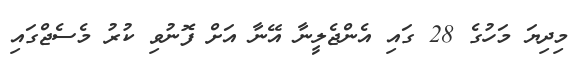
މިދިޔަ މަހުގެ 28 ގައި އެންޖެލީނާ އޭނާ އަށް ފޮނުވި ކުރު މެސެޖްގައި